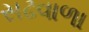
સઢવાળા